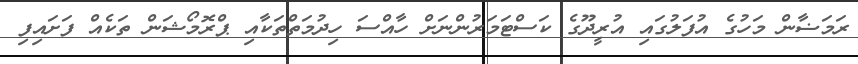
ރަމަޟާން މަހުގެ އުފަލުގައި އުރީދޫގެ ކަސްޓަމަރުންނަށް ހާއްސަ ހިދުމަތްތަކާއި ޕްރޮމޯޝަން ތަކެއް ފަށައިފި